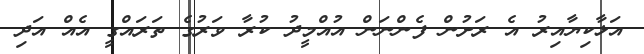
އަޅާކިޔާއިރު އެ ރަށުން ފެންނަން އުއްމީދު ކުރާ ވަރުގެ ތަރައްގީ އެއް އަދި